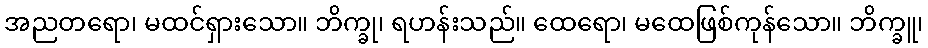
အညတရော၊ မထင်ရှားသော။ ဘိက္ခု၊ ရဟန်းသည်။ ထေရော၊ မထေဖြစ်ကုန်သော။ ဘိက္ခူ၊